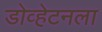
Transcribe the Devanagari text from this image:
डोव्हेटनला